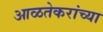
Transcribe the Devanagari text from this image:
आळतेकरांच्या